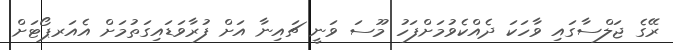
ރޭގެ ޖަލްސާގައި ވާހަކަ ދެއްކެވުމަށްފަހު މޫސަ ވަނީ ޗައިނާ އަށް ފުރާވަޑައިގަތުމަށް އެއަރޕޯޓަށް